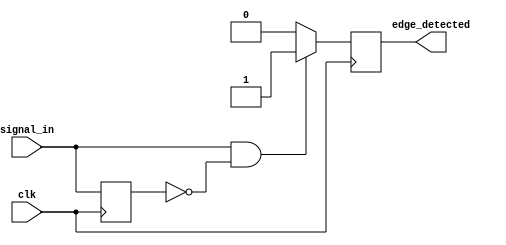
module RisingEdgeDetector (
    input wire clk,           // Clock signal
    input wire signal_in,     // Input signal to detect rising edge
    output reg edge_detected  // Output indicating rising edge
);

    // Register to hold the previous state of signal_in
    reg signal_prev;

    // At each rising edge of clk
    always @(posedge clk) begin
        // Edge detection logic
        if (signal_in && !signal_prev) begin
            // Rising edge detected
            edge_detected <= 1'b1; // Set the edge_detected high
        end else begin
            edge_detected <= 1'b0;  // Reset edge_detected to low
        end
        
        // Update the previous state
        signal_prev <= signal_in;   // Sample the current state
    end

    // Initialize the previous state on reset or upon instantiation
    initial begin
        signal_prev = 1'b0;          // Initialize signal_prev to 0
        edge_detected = 1'b0;        // Initialize edge_detected to 0
    end

endmodule